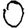
Digit: 0